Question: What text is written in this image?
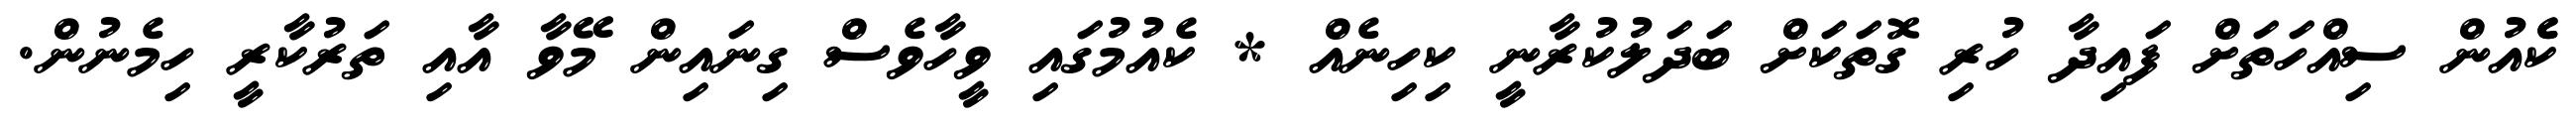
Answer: ކެެއުން ސިއްހަތަށް ފައިދާ ހުރި ގޮތަކަށް ބަދަލުކުރާނީ ކިހިނެއް * ކެއުމުގައި ވީހާވެސް ގިނައިން މޭވާ އާއި ތަރުކާރީ ހިމެނުން.